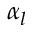
\alpha _ { l }